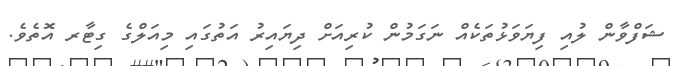
ޝަފްވާން ލުއި ފިޔަވަޅުތަކެއް ނަގަމުން ކުރިއަށް ދިޔައިރު އަތުގައި މިއަލްގެ ގިޓާރ އޮތެވެ.